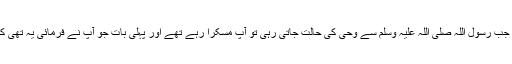
کہتی ہیں جب رسول اللہ صلی اللہ علیہ وسلم سے وحی کی حالت جاتی رہی تو آپؐ مسکرا رہے تھے اور پہلی بات جو آپؐ نے فرمائی یہ تھی کہ عائشؓہ!